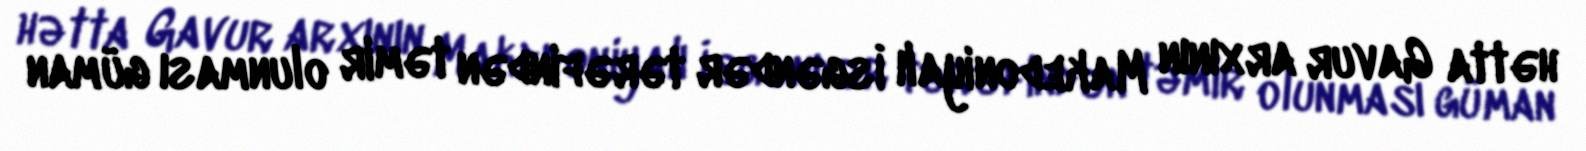
hətta Gavur arxının Makedoniyalı İsgəndər tərəfindən təmir olunması güman